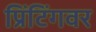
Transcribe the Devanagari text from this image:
प्रिंटिंगवर